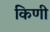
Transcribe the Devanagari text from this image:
किणी